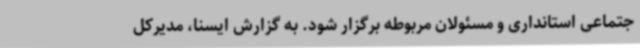
جتماعی استانداری و مسئولان مربوطه برگزار شود. به گزارش ایسنا، مدیرکل